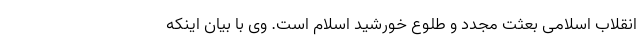
انقلاب اسلامی بعثت مجدد و طلوع خورشید اسلام است. وی با بیان اینکه